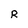
Character: R